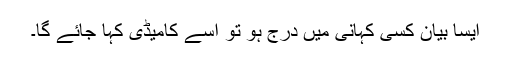
ایسا بیان کسی کہانی میں درج ہو تو اُسے کامیڈی کہا جائے گا۔